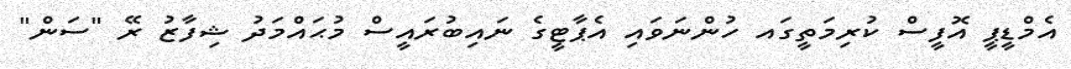
އެމްޑީޕީ އޮފީސް ކުރިމަތީގައ ހުންނަވައި އެޕާޓީގެ ނައިބުރައީސް މުޙައްމަދު ޝިފާޒު ރޭ "ސަން"